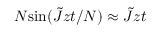
N \mathrm { s i n } ( \tilde { J } z t / N ) \approx \tilde { J } z t